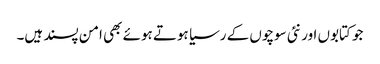
جو کتابوں اور نئی سوچوں کے رسیا ہوتے ہوئے بھی امن پسند ہیں۔